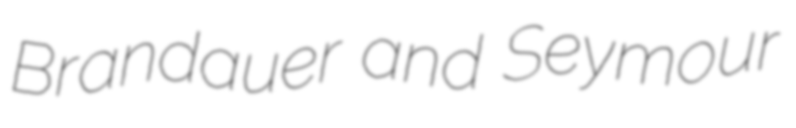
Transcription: Brandauer and Seymour